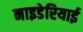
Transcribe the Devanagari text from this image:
नाइडेरियाई